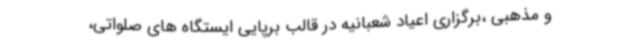
و مذهبی ،برگزاری اعیاد شعبانیه در قالب برپایی ایستگاه های صلواتی،